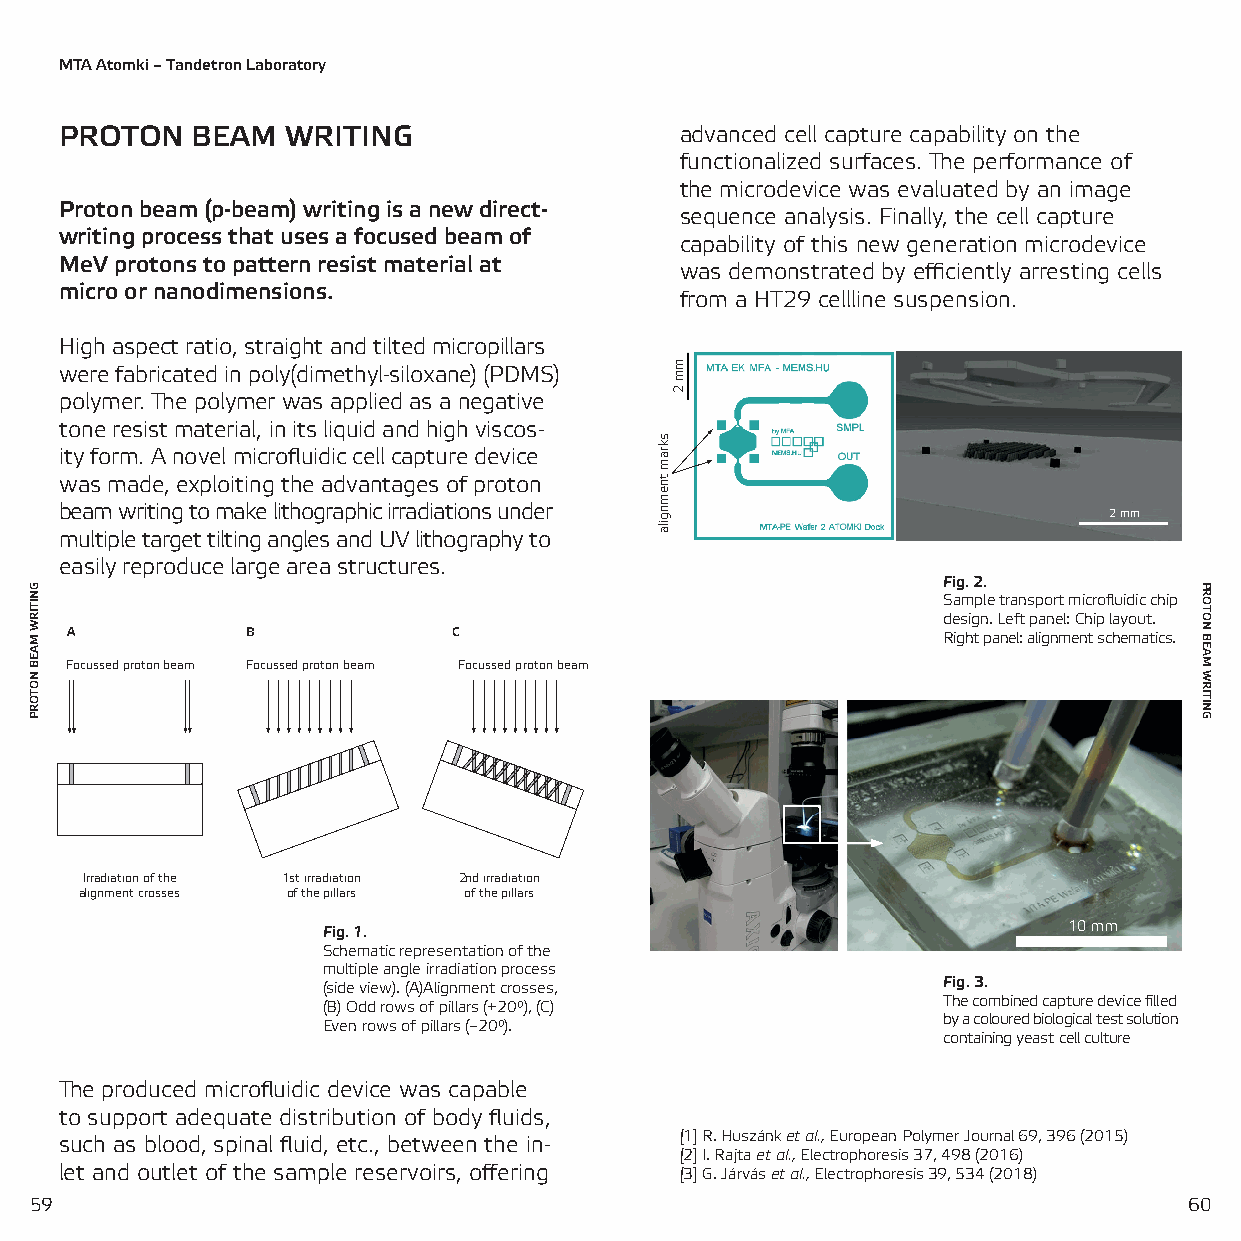
MTA Atomki – Tandetron Laboratory
 PROTON   BEAM  WRITING                   advanced cell capture capability on the
 functionalized surfaces. The performance of
 the microdevice was evaluated by an image
 Proton beam (p-beam) writing is a new direct-
 sequence analysis. Finally, the cell capture
 writing process that uses a focused beam of
 capability of this new generation microdevice
 MeV protons to pattern resist material at
 was demonstrated by efficiently arresting cells
 micro or nanodimensions.
 from a HT29 cellline suspension.
 High aspect ratio, straight and tilted micropillars
 were fabricated in poly(dimethyl-siloxane) (PDMS)
 polymer. The polymer was applied as a negative
 tone resist material, in its liquid and high viscos-
 ity form. A novel microfluidic cell capture device
 was made, exploiting the advantages of proton
 beam writing to make lithographic irradiations under                 2 mm
 multiple target tilting angles and UV lithography to
 easily reproduce large area structures.
 Fig. 2.
 Sample transport microfluidic chip
 design. Left panel: Chip layout.
 A           B             C                               Right panel: alignment schematics.
 Focussed proton beam Focussed proton beam Focussed proton beam
 Irradiation of the 1st irradiation 2nd irradiation
 alignment crosses of the pillars of the pillars
 Fig. 1.                                           10 mm
 Schematic representation of the
 multiple angle irradiation process
 Fig. 3.
 (side view). (A)Alignment crosses,
 The combined capture device filled
 (B) Odd rows of pillars (+20°), (C)
 by a coloured biological test solution
 Even rows of pillars (–20°).
 containing yeast cell culture
 The produced microfluidic device was capable
 to support adequate distribution of body fluids,
 such as blood, spinal fluid, etc., between the in- [1] R. Huszánk et al., European Polymer Journal 69, 396 (2015)
 [2] I. Rajta et al., Electrophoresis 37, 498 (2016)
 let and outlet of the sample reservoirs, offering [3] G. Járvás et al., Electrophoresis 39, 534 (2018)
 5599                                                                         60
 GNITIRW
 MAEB
 NOTORP
 skram
 tnemngila
 mm
 2
 PROTON
 BEAM
 WRITING